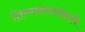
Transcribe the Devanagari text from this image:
शिष्यसंसारसेतवे